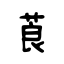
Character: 莨